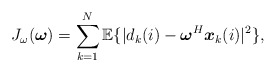
\begin{align*}{J_{\omega}({\boldsymbol \omega})} = \sum_{k=1}^{N}{\mathbb{E}\{ |{d_k(i)}- {\boldsymbol \omega}^H{\boldsymbol x_k(i)}|^2}\} ,\end{align*}